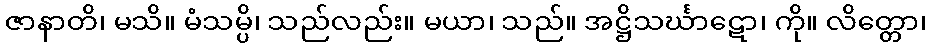
ဇာနာတိ၊ မသိ။ မံသမ္ပိ၊ သည်လည်း။ မယာ၊ သည်။ အဋ္ဌိသင်္ဃာဋော၊ ကို။ လိတ္တော၊